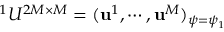
^ 1 { \cal U } ^ { 2 M \times M } = ( { \bf u } ^ { 1 } , \cdots , { \bf u } ^ { M } ) _ { \psi = \psi _ { 1 } }